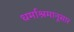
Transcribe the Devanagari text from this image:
धर्माश्रमानूसार